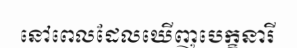
នៅពេលដែលឃើញបេក្ខនារី